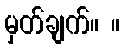
မှတ်ချက်။ ။